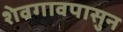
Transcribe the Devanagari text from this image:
शेवगावपासुन